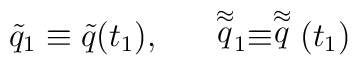
\tilde {q}_1 \equiv   \tilde {q}(t_1), \ \ \ \   \ \stackrel{\approx} { q}_1\equiv \stackrel{\approx}   {q}(t_1)